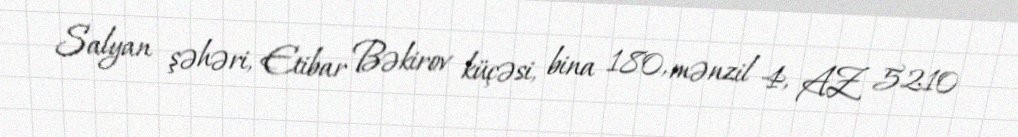
Salyan şəhəri, Etibar Bəkirov küçəsi, bina 180, mənzil 4, AZ 5210